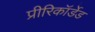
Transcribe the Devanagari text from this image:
प्रीरिकॉर्डेड